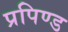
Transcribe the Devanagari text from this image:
प्रपिण्ड